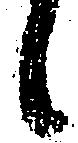
候